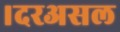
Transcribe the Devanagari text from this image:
।दरअसल